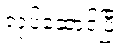
လုပ်ဆောင်ပြီး